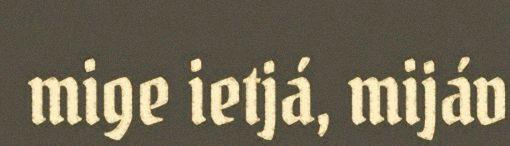
mige ietjá, mijáv